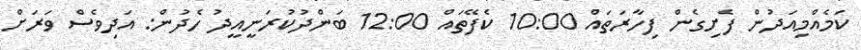
ކަމެއްމިއަދުން ފެށިގެން ފިހާރަތައް 10:00 ކެފޭތައް 12:00 ބަންދުކުރަނީއީދު ހެދުން: އަދިވެސް ވަރަށް